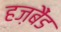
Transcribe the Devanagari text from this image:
हज़बैंड